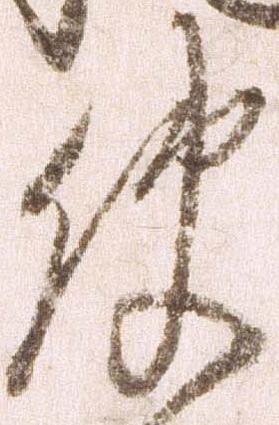
使